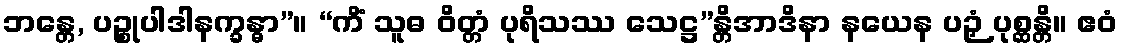
ဘန္တေ, ပဉ္စုပါဒါနက္ခန္ဓာ”။ “ကိံ သူဓ ဝိတ္တံ ပုရိသဿ သေဋ္ဌ”န္တိအာဒိနာ နယေန ပဉှံ ပုစ္ဆန္တိ။ ဧဝံ